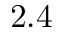
2 . 4